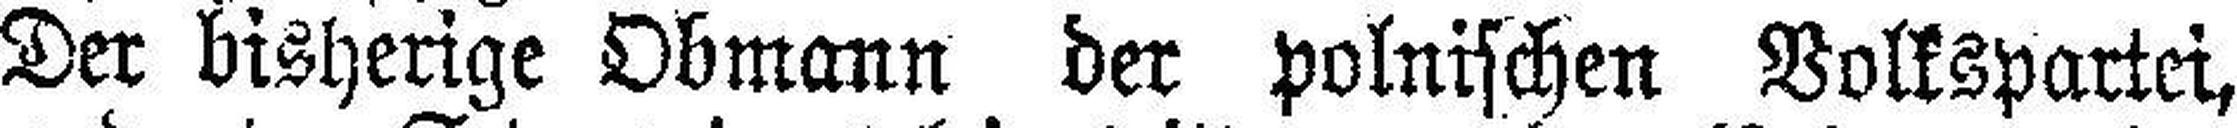
Der bisherige Obmann der polnischen Volkspartei,